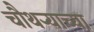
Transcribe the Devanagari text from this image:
चौथऱ्याच्या